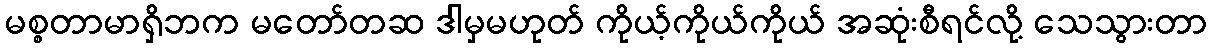
မစ္စတာမာရှိဘက မတော်တဆ ဒါမှမဟုတ် ကိုယ့်ကိုယ်ကိုယ် အဆုံးစီရင်လို့ သေသွားတာ